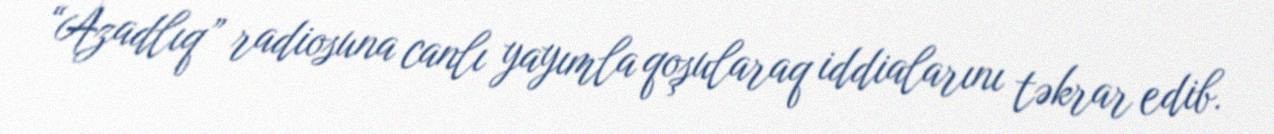
“Azadlıq” radiosuna canlı yayımla qoşularaq iddialarını təkrar edib.